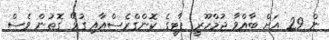
ން 29 އަށް ބާއްވާ ޖުމްހޫރީ ޕާޓީގެ ކޮންގްރެސްއާއި ގުޅޭ ގޮތުން ވެސް